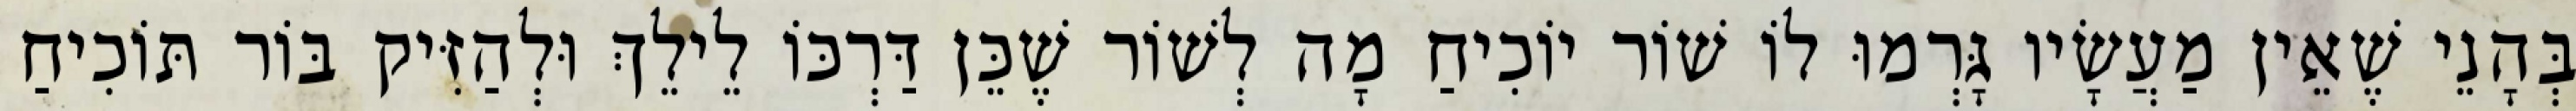
בְּהָנֵי שֶׁאֵין מַעֲשָׂיו גָּרְמוּ לוֹ שׁוֹר יוֹכִיחַ מָה לְשׁוֹר שֶׁכֵּן דַּרְכּוֹ לֵילֵךְ וּלְהַזִּיק בּוֹר תּוֹכִיחַ